Vaccine operations Central Provinces 1868-1885 - 1868-1885
Year: 1868
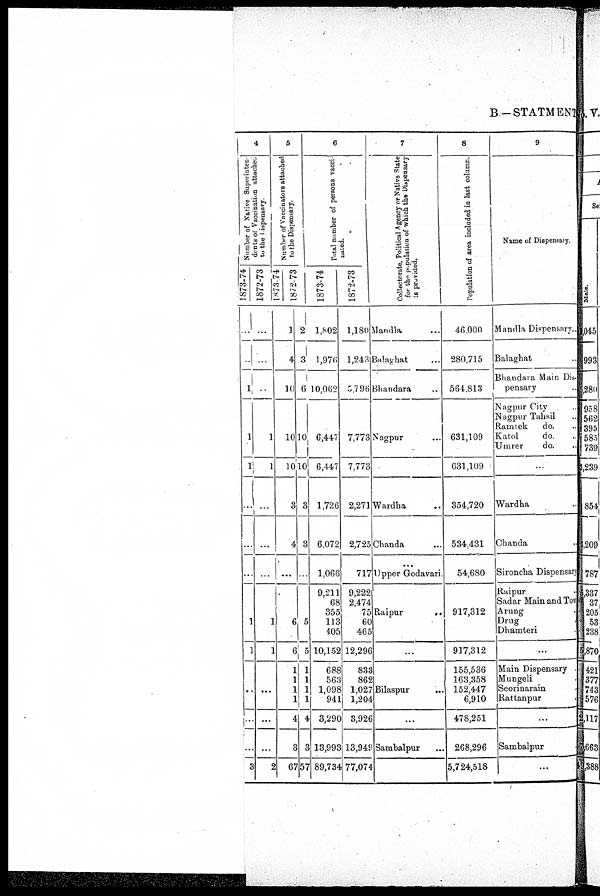
B—STATMENT
4
Number of Native Superinten¬
dents of Vaccnation attached
to the Dispensary.
1873-74
...
...
1
1
1
...
...
...
1
1
..
...
...
3
1872-73
...
...
...
1
1
...
...
...
1
1
...
...
...
2
5
Number of Vaccinators attached
to the Dispensary.
1873-74
1872-73
1
4
10
10
10
3
4
...
6
6
1
1
1
1
4
3
67
2
3
6
10
10
3
3
...
5
5
1
1
1
1
4
3
57
6
Total number of persons vacci¬
nated.
1873-74
1,802
1,976
10,062
6,447
6,447
1,726
6,072
1,066
9,211
68
355
113
405
10,152
688
563
1,098
941
3,290
13,993
89,734
1872-73
1,180
1,243
5,796
7,773
7,773
2,271
2,725
717
9,222
2,474
75
60
465
12,296
833
862
1,027
1,204
3,926
13,949
77,074
7
Collectorate, Political Agency or Native State
for the population of which the Dispensary
is provided.
Mandla ...
Balathat ...
Bhandara ...
Nagpur ...
Wardha ...
Chanda ...
Upper Godavari.
Raipur
...
...
Bilaspur ...
...
Sambalpur ...
8
Population of area included in last column.
46,000
280,715
564,813
631,109
631,109
354,720
534,431
54,680
917,312
917,312
155,536
163,358
152,447
6,910
478,251
268,296
5,724,518
9
Name of Dispensary.
Mandla Dispensary..
Balaghat ..
Bhandara Main Dis-
pensary ..
Nagpur City ..
Nagpur Tahsil ..
Ramtek
do. ..
Katol
do. ..
Umrer
do. ..
...
Wardha ..
Chanda ..
Sironcha Dispensary
Raipur ..
Sadar Main and TOW
Arung ..
Drug ..
Dhamteri ..
...
Main Dispensary .
Mungeli .
Seorinarain
Rattanpur
...
Sambalpur
...